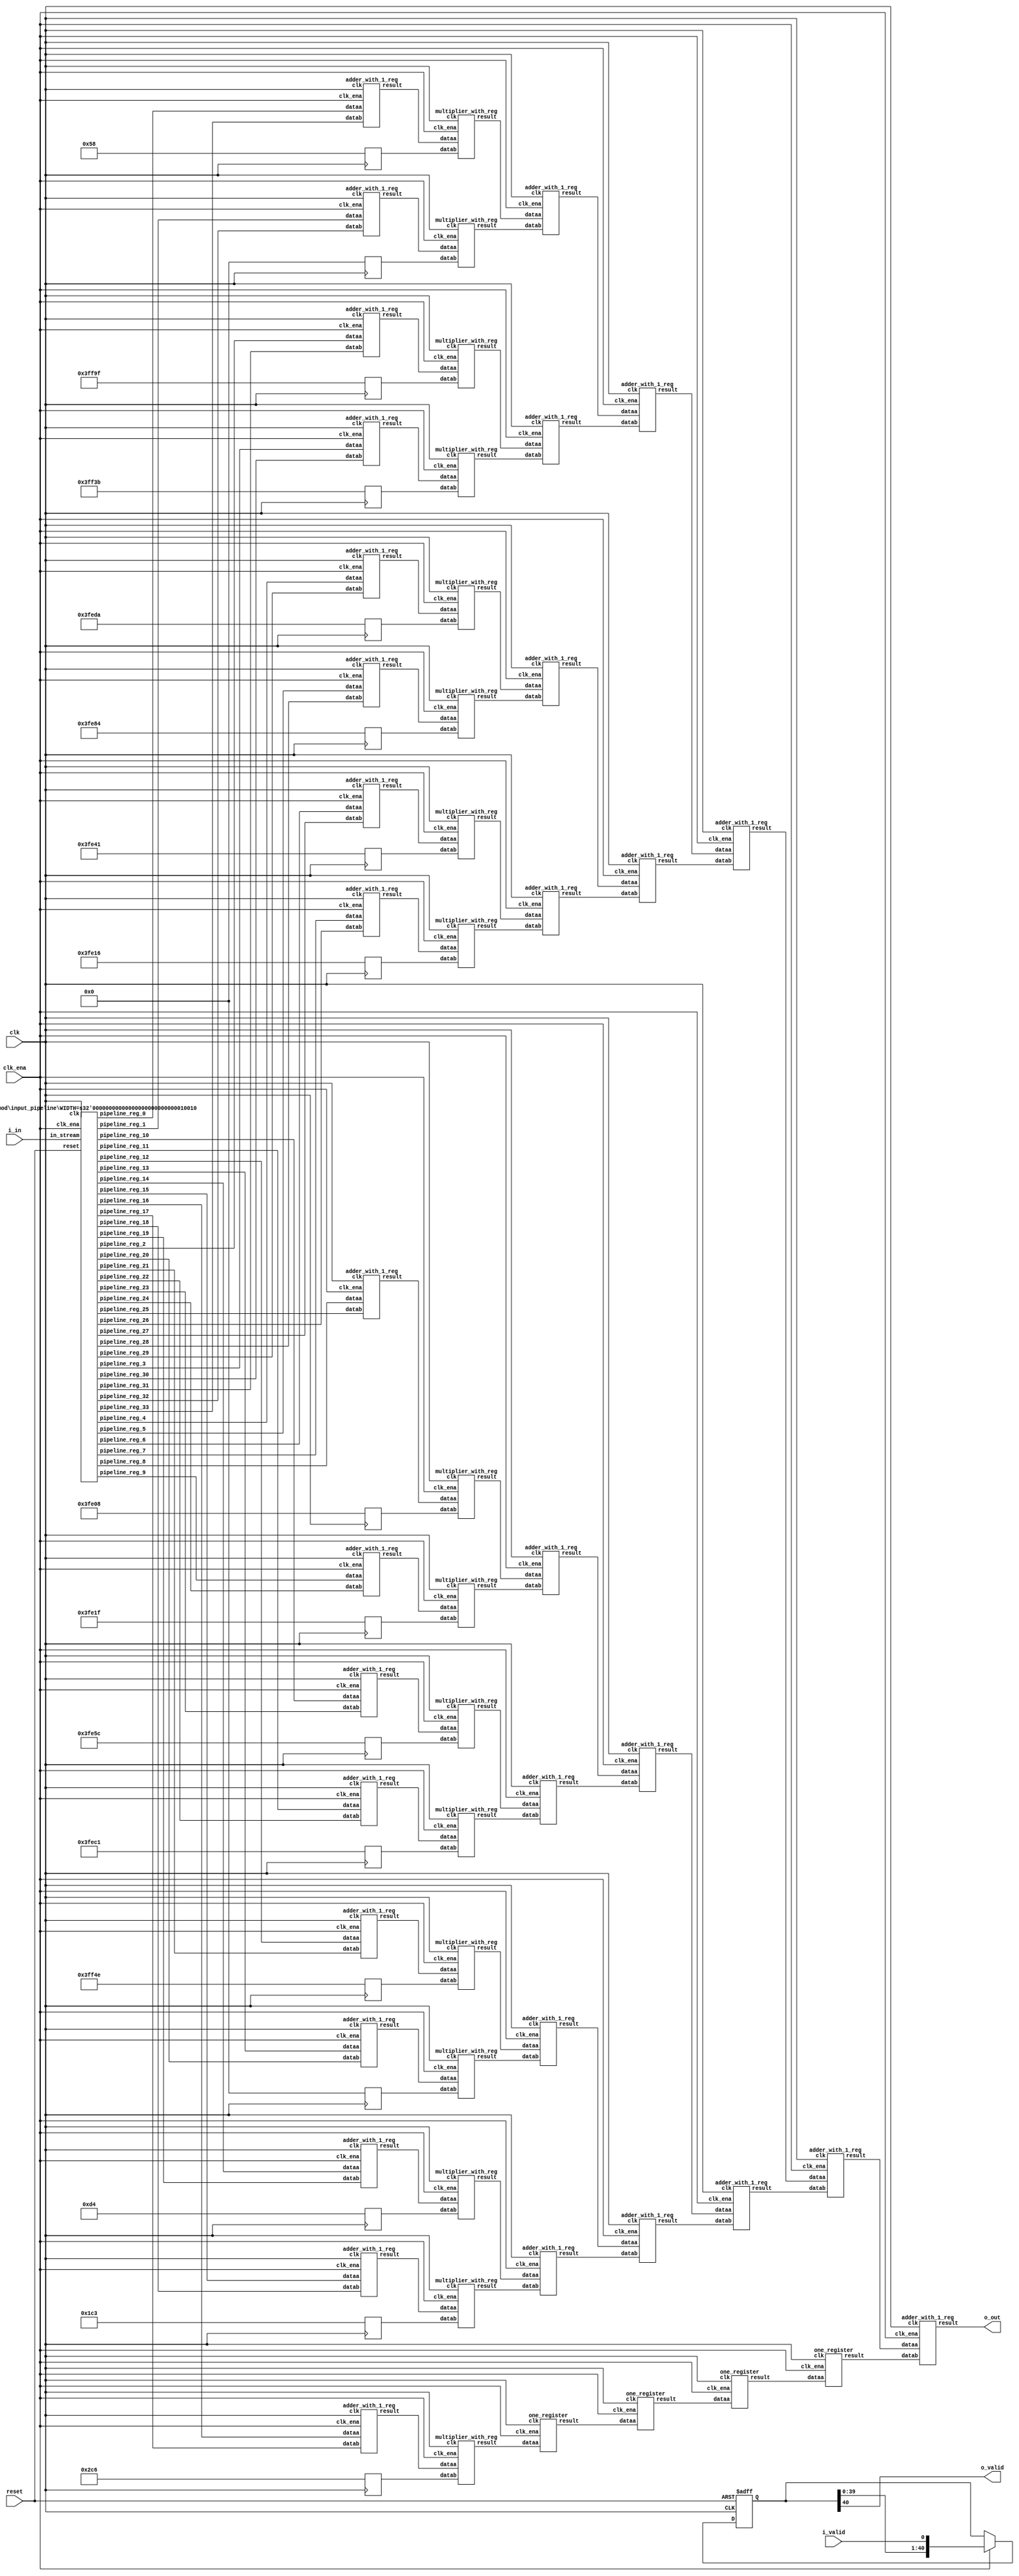
// CONFIG:
// NUM_COEFF = 34
// PIPLINED = 1

// WARNING: more than enough COEFFICIENTS in array (there are 26, and we only need 17)
module fir (
	clk,
	reset,
	clk_ena,
	i_valid,
	i_in,
	o_valid,
	o_out
);
	// Data Width
	parameter dw = 18; //Data input/output bits

	// Number of filter coefficients
	parameter N = 34;
	parameter N_UNIQ = 17; // ciel(N/2) assuming symmetric filter coefficients

	//Number of extra valid cycles needed to align output (i.e. computation pipeline depth + input/output registers
	localparam N_VALID_REGS = 41;

	input clk;
	input reset;
	input clk_ena;
	input i_valid;
	input [dw-1:0] i_in; // signed
	output o_valid;
	output [dw-1:0] o_out; // signed

	// Data Width dervied parameters
	localparam dw_add_int = 18; //Internal adder precision bits
	localparam dw_mult_int = 36; //Internal multiplier precision bits
	localparam scale_factor = 17; //Multiplier normalization shift amount

	// Number of extra registers in INPUT_PIPELINE_REG to prevent contention for CHAIN_END's chain adders
	localparam N_INPUT_REGS = 34;

	// Debug
	// initial begin
	// 	$display ("Data Width: %d", dw);
	// 	$display ("Data Width Add Internal: %d", dw_add_int);
	// 	$display ("Data Width Mult Internal: %d", dw_mult_int);
	// 	$display ("Scale Factor: %d", scale_factor);
	// end

	reg [dw-1:0] COEFFICIENT_0;
	reg [dw-1:0] COEFFICIENT_1;
	reg [dw-1:0] COEFFICIENT_2;
	reg [dw-1:0] COEFFICIENT_3;
	reg [dw-1:0] COEFFICIENT_4;
	reg [dw-1:0] COEFFICIENT_5;
	reg [dw-1:0] COEFFICIENT_6;
	reg [dw-1:0] COEFFICIENT_7;
	reg [dw-1:0] COEFFICIENT_8;
	reg [dw-1:0] COEFFICIENT_9;
	reg [dw-1:0] COEFFICIENT_10;
	reg [dw-1:0] COEFFICIENT_11;
	reg [dw-1:0] COEFFICIENT_12;
	reg [dw-1:0] COEFFICIENT_13;
	reg [dw-1:0] COEFFICIENT_14;
	reg [dw-1:0] COEFFICIENT_15;
	reg [dw-1:0] COEFFICIENT_16;

	always@(posedge clk) begin
		COEFFICIENT_0 <= 18'd88;
		COEFFICIENT_1 <= 18'd0;
		COEFFICIENT_2 <= -18'd97;
		COEFFICIENT_3 <= -18'd197;
		COEFFICIENT_4 <= -18'd294;
		COEFFICIENT_5 <= -18'd380;
		COEFFICIENT_6 <= -18'd447;
		COEFFICIENT_7 <= -18'd490;
		COEFFICIENT_8 <= -18'd504;
		COEFFICIENT_9 <= -18'd481;
		COEFFICIENT_10 <= -18'd420;
		COEFFICIENT_11 <= -18'd319;
		COEFFICIENT_12 <= -18'd178;
		COEFFICIENT_13 <= 18'd0;
		COEFFICIENT_14 <= 18'd212;
		COEFFICIENT_15 <= 18'd451;
		COEFFICIENT_16 <= 18'd710;
	end

	////******************************************************
	// *
	// * Valid Delay Pipeline
	// *
	// *****************************************************
	//Input valid signal is pipelined to become output valid signal

	//Valid registers
	reg [N_VALID_REGS-1:0] VALID_PIPELINE_REGS;

	always@(posedge clk or posedge reset) begin
		if(reset) begin
			VALID_PIPELINE_REGS <= 0;
		end else begin
			if(clk_ena) begin
				VALID_PIPELINE_REGS <= {VALID_PIPELINE_REGS[N_VALID_REGS-2:0], i_valid};
			end else begin
				VALID_PIPELINE_REGS <= VALID_PIPELINE_REGS;
			end
		end
	end

	////******************************************************
	// *
	// * Input Register Pipeline
	// *
	// *****************************************************
	//Pipelined input values

	//Input value registers

	wire [dw-1:0] INPUT_PIPELINE_REG_0;
	wire [dw-1:0] INPUT_PIPELINE_REG_1;
	wire [dw-1:0] INPUT_PIPELINE_REG_2;
	wire [dw-1:0] INPUT_PIPELINE_REG_3;
	wire [dw-1:0] INPUT_PIPELINE_REG_4;
	wire [dw-1:0] INPUT_PIPELINE_REG_5;
	wire [dw-1:0] INPUT_PIPELINE_REG_6;
	wire [dw-1:0] INPUT_PIPELINE_REG_7;
	wire [dw-1:0] INPUT_PIPELINE_REG_8;
	wire [dw-1:0] INPUT_PIPELINE_REG_9;
	wire [dw-1:0] INPUT_PIPELINE_REG_10;
	wire [dw-1:0] INPUT_PIPELINE_REG_11;
	wire [dw-1:0] INPUT_PIPELINE_REG_12;
	wire [dw-1:0] INPUT_PIPELINE_REG_13;
	wire [dw-1:0] INPUT_PIPELINE_REG_14;
	wire [dw-1:0] INPUT_PIPELINE_REG_15;
	wire [dw-1:0] INPUT_PIPELINE_REG_16;
	wire [dw-1:0] INPUT_PIPELINE_REG_17;
	wire [dw-1:0] INPUT_PIPELINE_REG_18;
	wire [dw-1:0] INPUT_PIPELINE_REG_19;
	wire [dw-1:0] INPUT_PIPELINE_REG_20;
	wire [dw-1:0] INPUT_PIPELINE_REG_21;
	wire [dw-1:0] INPUT_PIPELINE_REG_22;
	wire [dw-1:0] INPUT_PIPELINE_REG_23;
	wire [dw-1:0] INPUT_PIPELINE_REG_24;
	wire [dw-1:0] INPUT_PIPELINE_REG_25;
	wire [dw-1:0] INPUT_PIPELINE_REG_26;
	wire [dw-1:0] INPUT_PIPELINE_REG_27;
	wire [dw-1:0] INPUT_PIPELINE_REG_28;
	wire [dw-1:0] INPUT_PIPELINE_REG_29;
	wire [dw-1:0] INPUT_PIPELINE_REG_30;
	wire [dw-1:0] INPUT_PIPELINE_REG_31;
	wire [dw-1:0] INPUT_PIPELINE_REG_32;
	wire [dw-1:0] INPUT_PIPELINE_REG_33;

	input_pipeline in_pipe(
		.clk(clk), .clk_ena(clk_ena),
		.in_stream(i_in),
		.pipeline_reg_0(INPUT_PIPELINE_REG_0),
		.pipeline_reg_1(INPUT_PIPELINE_REG_1),
		.pipeline_reg_2(INPUT_PIPELINE_REG_2),
		.pipeline_reg_3(INPUT_PIPELINE_REG_3),
		.pipeline_reg_4(INPUT_PIPELINE_REG_4),
		.pipeline_reg_5(INPUT_PIPELINE_REG_5),
		.pipeline_reg_6(INPUT_PIPELINE_REG_6),
		.pipeline_reg_7(INPUT_PIPELINE_REG_7),
		.pipeline_reg_8(INPUT_PIPELINE_REG_8),
		.pipeline_reg_9(INPUT_PIPELINE_REG_9),
		.pipeline_reg_10(INPUT_PIPELINE_REG_10),
		.pipeline_reg_11(INPUT_PIPELINE_REG_11),
		.pipeline_reg_12(INPUT_PIPELINE_REG_12),
		.pipeline_reg_13(INPUT_PIPELINE_REG_13),
		.pipeline_reg_14(INPUT_PIPELINE_REG_14),
		.pipeline_reg_15(INPUT_PIPELINE_REG_15),
		.pipeline_reg_16(INPUT_PIPELINE_REG_16),
		.pipeline_reg_17(INPUT_PIPELINE_REG_17),
		.pipeline_reg_18(INPUT_PIPELINE_REG_18),
		.pipeline_reg_19(INPUT_PIPELINE_REG_19),
		.pipeline_reg_20(INPUT_PIPELINE_REG_20),
		.pipeline_reg_21(INPUT_PIPELINE_REG_21),
		.pipeline_reg_22(INPUT_PIPELINE_REG_22),
		.pipeline_reg_23(INPUT_PIPELINE_REG_23),
		.pipeline_reg_24(INPUT_PIPELINE_REG_24),
		.pipeline_reg_25(INPUT_PIPELINE_REG_25),
		.pipeline_reg_26(INPUT_PIPELINE_REG_26),
		.pipeline_reg_27(INPUT_PIPELINE_REG_27),
		.pipeline_reg_28(INPUT_PIPELINE_REG_28),
		.pipeline_reg_29(INPUT_PIPELINE_REG_29),
		.pipeline_reg_30(INPUT_PIPELINE_REG_30),
		.pipeline_reg_31(INPUT_PIPELINE_REG_31),
		.pipeline_reg_32(INPUT_PIPELINE_REG_32),
		.pipeline_reg_33(INPUT_PIPELINE_REG_33),
		.reset(reset)	);
	defparam in_pipe.WIDTH = 18; // = dw
	////******************************************************
	// *
	// * Computation Pipeline
	// *
	// *****************************************************

	// ************************* LEVEL 0 *************************   
	wire [dw-1:0] L0_output_wires_0;
	wire [dw-1:0] L0_output_wires_1;
	wire [dw-1:0] L0_output_wires_2;
	wire [dw-1:0] L0_output_wires_3;
	wire [dw-1:0] L0_output_wires_4;
	wire [dw-1:0] L0_output_wires_5;
	wire [dw-1:0] L0_output_wires_6;
	wire [dw-1:0] L0_output_wires_7;
	wire [dw-1:0] L0_output_wires_8;
	wire [dw-1:0] L0_output_wires_9;
	wire [dw-1:0] L0_output_wires_10;
	wire [dw-1:0] L0_output_wires_11;
	wire [dw-1:0] L0_output_wires_12;
	wire [dw-1:0] L0_output_wires_13;
	wire [dw-1:0] L0_output_wires_14;
	wire [dw-1:0] L0_output_wires_15;
	wire [dw-1:0] L0_output_wires_16;

	adder_with_1_reg L0_adder_0and33(
		.clk(clk), .clk_ena(clk_ena),
		.dataa (INPUT_PIPELINE_REG_0),
		.datab (INPUT_PIPELINE_REG_33),
		.result(L0_output_wires_0)
	);

	adder_with_1_reg L0_adder_1and32(
		.clk(clk), .clk_ena(clk_ena),
		.dataa (INPUT_PIPELINE_REG_1),
		.datab (INPUT_PIPELINE_REG_32),
		.result(L0_output_wires_1)
	);

	adder_with_1_reg L0_adder_2and31(
		.clk(clk), .clk_ena(clk_ena),
		.dataa (INPUT_PIPELINE_REG_2),
		.datab (INPUT_PIPELINE_REG_31),
		.result(L0_output_wires_2)
	);

	adder_with_1_reg L0_adder_3and30(
		.clk(clk), .clk_ena(clk_ena),
		.dataa (INPUT_PIPELINE_REG_3),
		.datab (INPUT_PIPELINE_REG_30),
		.result(L0_output_wires_3)
	);

	adder_with_1_reg L0_adder_4and29(
		.clk(clk), .clk_ena(clk_ena),
		.dataa (INPUT_PIPELINE_REG_4),
		.datab (INPUT_PIPELINE_REG_29),
		.result(L0_output_wires_4)
	);

	adder_with_1_reg L0_adder_5and28(
		.clk(clk), .clk_ena(clk_ena),
		.dataa (INPUT_PIPELINE_REG_5),
		.datab (INPUT_PIPELINE_REG_28),
		.result(L0_output_wires_5)
	);

	adder_with_1_reg L0_adder_6and27(
		.clk(clk), .clk_ena(clk_ena),
		.dataa (INPUT_PIPELINE_REG_6),
		.datab (INPUT_PIPELINE_REG_27),
		.result(L0_output_wires_6)
	);

	adder_with_1_reg L0_adder_7and26(
		.clk(clk), .clk_ena(clk_ena),
		.dataa (INPUT_PIPELINE_REG_7),
		.datab (INPUT_PIPELINE_REG_26),
		.result(L0_output_wires_7)
	);

	adder_with_1_reg L0_adder_8and25(
		.clk(clk), .clk_ena(clk_ena),
		.dataa (INPUT_PIPELINE_REG_8),
		.datab (INPUT_PIPELINE_REG_25),
		.result(L0_output_wires_8)
	);

	adder_with_1_reg L0_adder_9and24(
		.clk(clk), .clk_ena(clk_ena),
		.dataa (INPUT_PIPELINE_REG_9),
		.datab (INPUT_PIPELINE_REG_24),
		.result(L0_output_wires_9)
	);

	adder_with_1_reg L0_adder_10and23(
		.clk(clk), .clk_ena(clk_ena),
		.dataa (INPUT_PIPELINE_REG_10),
		.datab (INPUT_PIPELINE_REG_23),
		.result(L0_output_wires_10)
	);

	adder_with_1_reg L0_adder_11and22(
		.clk(clk), .clk_ena(clk_ena),
		.dataa (INPUT_PIPELINE_REG_11),
		.datab (INPUT_PIPELINE_REG_22),
		.result(L0_output_wires_11)
	);

	adder_with_1_reg L0_adder_12and21(
		.clk(clk), .clk_ena(clk_ena),
		.dataa (INPUT_PIPELINE_REG_12),
		.datab (INPUT_PIPELINE_REG_21),
		.result(L0_output_wires_12)
	);

	adder_with_1_reg L0_adder_13and20(
		.clk(clk), .clk_ena(clk_ena),
		.dataa (INPUT_PIPELINE_REG_13),
		.datab (INPUT_PIPELINE_REG_20),
		.result(L0_output_wires_13)
	);

	adder_with_1_reg L0_adder_14and19(
		.clk(clk), .clk_ena(clk_ena),
		.dataa (INPUT_PIPELINE_REG_14),
		.datab (INPUT_PIPELINE_REG_19),
		.result(L0_output_wires_14)
	);

	adder_with_1_reg L0_adder_15and18(
		.clk(clk), .clk_ena(clk_ena),
		.dataa (INPUT_PIPELINE_REG_15),
		.datab (INPUT_PIPELINE_REG_18),
		.result(L0_output_wires_15)
	);

	adder_with_1_reg L0_adder_16and17(
		.clk(clk), .clk_ena(clk_ena),
		.dataa (INPUT_PIPELINE_REG_16),
		.datab (INPUT_PIPELINE_REG_17),
		.result(L0_output_wires_16)
	);

	// (17 main tree Adders)

	// ************************* LEVEL 1 *************************   
	// **************** Multipliers ****************   
	wire [dw-1:0] L1_mult_wires_0;
	wire [dw-1:0] L1_mult_wires_1;
	wire [dw-1:0] L1_mult_wires_2;
	wire [dw-1:0] L1_mult_wires_3;
	wire [dw-1:0] L1_mult_wires_4;
	wire [dw-1:0] L1_mult_wires_5;
	wire [dw-1:0] L1_mult_wires_6;
	wire [dw-1:0] L1_mult_wires_7;
	wire [dw-1:0] L1_mult_wires_8;
	wire [dw-1:0] L1_mult_wires_9;
	wire [dw-1:0] L1_mult_wires_10;
	wire [dw-1:0] L1_mult_wires_11;
	wire [dw-1:0] L1_mult_wires_12;
	wire [dw-1:0] L1_mult_wires_13;
	wire [dw-1:0] L1_mult_wires_14;
	wire [dw-1:0] L1_mult_wires_15;
	wire [dw-1:0] L1_mult_wires_16;

	multiplier_with_reg L1_mul_0(
		.clk(clk), .clk_ena(clk_ena),
		.dataa (L0_output_wires_0),
		.datab (COEFFICIENT_0),
		.result(L1_mult_wires_0)
	);

	multiplier_with_reg L1_mul_1(
		.clk(clk), .clk_ena(clk_ena),
		.dataa (L0_output_wires_1),
		.datab (COEFFICIENT_1),
		.result(L1_mult_wires_1)
	);

	multiplier_with_reg L1_mul_2(
		.clk(clk), .clk_ena(clk_ena),
		.dataa (L0_output_wires_2),
		.datab (COEFFICIENT_2),
		.result(L1_mult_wires_2)
	);

	multiplier_with_reg L1_mul_3(
		.clk(clk), .clk_ena(clk_ena),
		.dataa (L0_output_wires_3),
		.datab (COEFFICIENT_3),
		.result(L1_mult_wires_3)
	);

	multiplier_with_reg L1_mul_4(
		.clk(clk), .clk_ena(clk_ena),
		.dataa (L0_output_wires_4),
		.datab (COEFFICIENT_4),
		.result(L1_mult_wires_4)
	);

	multiplier_with_reg L1_mul_5(
		.clk(clk), .clk_ena(clk_ena),
		.dataa (L0_output_wires_5),
		.datab (COEFFICIENT_5),
		.result(L1_mult_wires_5)
	);

	multiplier_with_reg L1_mul_6(
		.clk(clk), .clk_ena(clk_ena),
		.dataa (L0_output_wires_6),
		.datab (COEFFICIENT_6),
		.result(L1_mult_wires_6)
	);

	multiplier_with_reg L1_mul_7(
		.clk(clk), .clk_ena(clk_ena),
		.dataa (L0_output_wires_7),
		.datab (COEFFICIENT_7),
		.result(L1_mult_wires_7)
	);

	multiplier_with_reg L1_mul_8(
		.clk(clk), .clk_ena(clk_ena),
		.dataa (L0_output_wires_8),
		.datab (COEFFICIENT_8),
		.result(L1_mult_wires_8)
	);

	multiplier_with_reg L1_mul_9(
		.clk(clk), .clk_ena(clk_ena),
		.dataa (L0_output_wires_9),
		.datab (COEFFICIENT_9),
		.result(L1_mult_wires_9)
	);

	multiplier_with_reg L1_mul_10(
		.clk(clk), .clk_ena(clk_ena),
		.dataa (L0_output_wires_10),
		.datab (COEFFICIENT_10),
		.result(L1_mult_wires_10)
	);

	multiplier_with_reg L1_mul_11(
		.clk(clk), .clk_ena(clk_ena),
		.dataa (L0_output_wires_11),
		.datab (COEFFICIENT_11),
		.result(L1_mult_wires_11)
	);

	multiplier_with_reg L1_mul_12(
		.clk(clk), .clk_ena(clk_ena),
		.dataa (L0_output_wires_12),
		.datab (COEFFICIENT_12),
		.result(L1_mult_wires_12)
	);

	multiplier_with_reg L1_mul_13(
		.clk(clk), .clk_ena(clk_ena),
		.dataa (L0_output_wires_13),
		.datab (COEFFICIENT_13),
		.result(L1_mult_wires_13)
	);

	multiplier_with_reg L1_mul_14(
		.clk(clk), .clk_ena(clk_ena),
		.dataa (L0_output_wires_14),
		.datab (COEFFICIENT_14),
		.result(L1_mult_wires_14)
	);

	multiplier_with_reg L1_mul_15(
		.clk(clk), .clk_ena(clk_ena),
		.dataa (L0_output_wires_15),
		.datab (COEFFICIENT_15),
		.result(L1_mult_wires_15)
	);

	multiplier_with_reg L1_mul_16(
		.clk(clk), .clk_ena(clk_ena),
		.dataa (L0_output_wires_16),
		.datab (COEFFICIENT_16),
		.result(L1_mult_wires_16)
	);

	// (17 Multipliers)

	// **************** Adders ****************   
	wire [dw-1:0] L1_output_wires_0;
	wire [dw-1:0] L1_output_wires_1;
	wire [dw-1:0] L1_output_wires_2;
	wire [dw-1:0] L1_output_wires_3;
	wire [dw-1:0] L1_output_wires_4;
	wire [dw-1:0] L1_output_wires_5;
	wire [dw-1:0] L1_output_wires_6;
	wire [dw-1:0] L1_output_wires_7;
	wire [dw-1:0] L1_output_wires_8;

	adder_with_1_reg L1_adder_0and1(
		.clk(clk), .clk_ena(clk_ena),
		.dataa (L1_mult_wires_0),
		.datab (L1_mult_wires_1),
		.result(L1_output_wires_0)
	);

	adder_with_1_reg L1_adder_2and3(
		.clk(clk), .clk_ena(clk_ena),
		.dataa (L1_mult_wires_2),
		.datab (L1_mult_wires_3),
		.result(L1_output_wires_1)
	);

	adder_with_1_reg L1_adder_4and5(
		.clk(clk), .clk_ena(clk_ena),
		.dataa (L1_mult_wires_4),
		.datab (L1_mult_wires_5),
		.result(L1_output_wires_2)
	);

	adder_with_1_reg L1_adder_6and7(
		.clk(clk), .clk_ena(clk_ena),
		.dataa (L1_mult_wires_6),
		.datab (L1_mult_wires_7),
		.result(L1_output_wires_3)
	);

	adder_with_1_reg L1_adder_8and9(
		.clk(clk), .clk_ena(clk_ena),
		.dataa (L1_mult_wires_8),
		.datab (L1_mult_wires_9),
		.result(L1_output_wires_4)
	);

	adder_with_1_reg L1_adder_10and11(
		.clk(clk), .clk_ena(clk_ena),
		.dataa (L1_mult_wires_10),
		.datab (L1_mult_wires_11),
		.result(L1_output_wires_5)
	);

	adder_with_1_reg L1_adder_12and13(
		.clk(clk), .clk_ena(clk_ena),
		.dataa (L1_mult_wires_12),
		.datab (L1_mult_wires_13),
		.result(L1_output_wires_6)
	);

	adder_with_1_reg L1_adder_14and15(
		.clk(clk), .clk_ena(clk_ena),
		.dataa (L1_mult_wires_14),
		.datab (L1_mult_wires_15),
		.result(L1_output_wires_7)
	);

	// (8 main tree Adders)

	// ********* Byes ********   
	one_register L1_byereg_for_16(
		.clk(clk), .clk_ena(clk_ena),
		.dataa (L1_mult_wires_16),
		.result(L1_output_wires_8)
	);

	// (1 byes)

	// ************************* LEVEL 2 *************************   
	wire [dw-1:0] L2_output_wires_0;
	wire [dw-1:0] L2_output_wires_1;
	wire [dw-1:0] L2_output_wires_2;
	wire [dw-1:0] L2_output_wires_3;
	wire [dw-1:0] L2_output_wires_4;

	adder_with_1_reg L2_adder_0and1(
		.clk(clk), .clk_ena(clk_ena),
		.dataa (L1_output_wires_0),
		.datab (L1_output_wires_1),
		.result(L2_output_wires_0)
	);

	adder_with_1_reg L2_adder_2and3(
		.clk(clk), .clk_ena(clk_ena),
		.dataa (L1_output_wires_2),
		.datab (L1_output_wires_3),
		.result(L2_output_wires_1)
	);

	adder_with_1_reg L2_adder_4and5(
		.clk(clk), .clk_ena(clk_ena),
		.dataa (L1_output_wires_4),
		.datab (L1_output_wires_5),
		.result(L2_output_wires_2)
	);

	adder_with_1_reg L2_adder_6and7(
		.clk(clk), .clk_ena(clk_ena),
		.dataa (L1_output_wires_6),
		.datab (L1_output_wires_7),
		.result(L2_output_wires_3)
	);

	// (4 main tree Adders)

	// ********* Byes ********   
	one_register L2_byereg_for_8(
		.clk(clk), .clk_ena(clk_ena),
		.dataa (L1_output_wires_8),
		.result(L2_output_wires_4)
	);

	// (1 byes)

	// ************************* LEVEL 3 *************************   
	wire [dw-1:0] L3_output_wires_0;
	wire [dw-1:0] L3_output_wires_1;
	wire [dw-1:0] L3_output_wires_2;

	adder_with_1_reg L3_adder_0and1(
		.clk(clk), .clk_ena(clk_ena),
		.dataa (L2_output_wires_0),
		.datab (L2_output_wires_1),
		.result(L3_output_wires_0)
	);

	adder_with_1_reg L3_adder_2and3(
		.clk(clk), .clk_ena(clk_ena),
		.dataa (L2_output_wires_2),
		.datab (L2_output_wires_3),
		.result(L3_output_wires_1)
	);

	// (2 main tree Adders)

	// ********* Byes ********   
	one_register L3_byereg_for_4(
		.clk(clk), .clk_ena(clk_ena),
		.dataa (L2_output_wires_4),
		.result(L3_output_wires_2)
	);

	// (1 byes)

	// ************************* LEVEL 4 *************************   
	wire [dw-1:0] L4_output_wires_0;
	wire [dw-1:0] L4_output_wires_1;

	adder_with_1_reg L4_adder_0and1(
		.clk(clk), .clk_ena(clk_ena),
		.dataa (L3_output_wires_0),
		.datab (L3_output_wires_1),
		.result(L4_output_wires_0)
	);

	// (1 main tree Adders)

	// ********* Byes ********   
	one_register L4_byereg_for_2(
		.clk(clk), .clk_ena(clk_ena),
		.dataa (L3_output_wires_2),
		.result(L4_output_wires_1)
	);

	// (1 byes)

	// ************************* LEVEL 5 *************************   
	wire [dw-1:0] L5_output_wires_0;

	adder_with_1_reg L5_adder_0and1(
		.clk(clk), .clk_ena(clk_ena),
		.dataa (L4_output_wires_0),
		.datab (L4_output_wires_1),
		.result(L5_output_wires_0)
	);

	// (1 main tree Adders)

	////******************************************************
	// *
	// * Output Logic
	// *
	// *****************************************************
	//Actual outputs
	assign o_out = L5_output_wires_0;

	assign o_valid = VALID_PIPELINE_REGS[N_VALID_REGS-1];

endmodule


module input_pipeline (
	clk,
	clk_ena,
	in_stream,
	pipeline_reg_0,
	pipeline_reg_1,
	pipeline_reg_2,
	pipeline_reg_3,
	pipeline_reg_4,
	pipeline_reg_5,
	pipeline_reg_6,
	pipeline_reg_7,
	pipeline_reg_8,
	pipeline_reg_9,
	pipeline_reg_10,
	pipeline_reg_11,
	pipeline_reg_12,
	pipeline_reg_13,
	pipeline_reg_14,
	pipeline_reg_15,
	pipeline_reg_16,
	pipeline_reg_17,
	pipeline_reg_18,
	pipeline_reg_19,
	pipeline_reg_20,
	pipeline_reg_21,
	pipeline_reg_22,
	pipeline_reg_23,
	pipeline_reg_24,
	pipeline_reg_25,
	pipeline_reg_26,
	pipeline_reg_27,
	pipeline_reg_28,
	pipeline_reg_29,
	pipeline_reg_30,
	pipeline_reg_31,
	pipeline_reg_32,
	pipeline_reg_33,
	reset);
	parameter WIDTH = 1;
	//Input value registers
	input clk;
	input clk_ena;
	input [WIDTH-1:0] in_stream;
	output [WIDTH-1:0] pipeline_reg_0;
	output [WIDTH-1:0] pipeline_reg_1;
	output [WIDTH-1:0] pipeline_reg_2;
	output [WIDTH-1:0] pipeline_reg_3;
	output [WIDTH-1:0] pipeline_reg_4;
	output [WIDTH-1:0] pipeline_reg_5;
	output [WIDTH-1:0] pipeline_reg_6;
	output [WIDTH-1:0] pipeline_reg_7;
	output [WIDTH-1:0] pipeline_reg_8;
	output [WIDTH-1:0] pipeline_reg_9;
	output [WIDTH-1:0] pipeline_reg_10;
	output [WIDTH-1:0] pipeline_reg_11;
	output [WIDTH-1:0] pipeline_reg_12;
	output [WIDTH-1:0] pipeline_reg_13;
	output [WIDTH-1:0] pipeline_reg_14;
	output [WIDTH-1:0] pipeline_reg_15;
	output [WIDTH-1:0] pipeline_reg_16;
	output [WIDTH-1:0] pipeline_reg_17;
	output [WIDTH-1:0] pipeline_reg_18;
	output [WIDTH-1:0] pipeline_reg_19;
	output [WIDTH-1:0] pipeline_reg_20;
	output [WIDTH-1:0] pipeline_reg_21;
	output [WIDTH-1:0] pipeline_reg_22;
	output [WIDTH-1:0] pipeline_reg_23;
	output [WIDTH-1:0] pipeline_reg_24;
	output [WIDTH-1:0] pipeline_reg_25;
	output [WIDTH-1:0] pipeline_reg_26;
	output [WIDTH-1:0] pipeline_reg_27;
	output [WIDTH-1:0] pipeline_reg_28;
	output [WIDTH-1:0] pipeline_reg_29;
	output [WIDTH-1:0] pipeline_reg_30;
	output [WIDTH-1:0] pipeline_reg_31;
	output [WIDTH-1:0] pipeline_reg_32;
	output [WIDTH-1:0] pipeline_reg_33;
	reg [WIDTH-1:0] pipeline_reg_0;
	reg [WIDTH-1:0] pipeline_reg_1;
	reg [WIDTH-1:0] pipeline_reg_2;
	reg [WIDTH-1:0] pipeline_reg_3;
	reg [WIDTH-1:0] pipeline_reg_4;
	reg [WIDTH-1:0] pipeline_reg_5;
	reg [WIDTH-1:0] pipeline_reg_6;
	reg [WIDTH-1:0] pipeline_reg_7;
	reg [WIDTH-1:0] pipeline_reg_8;
	reg [WIDTH-1:0] pipeline_reg_9;
	reg [WIDTH-1:0] pipeline_reg_10;
	reg [WIDTH-1:0] pipeline_reg_11;
	reg [WIDTH-1:0] pipeline_reg_12;
	reg [WIDTH-1:0] pipeline_reg_13;
	reg [WIDTH-1:0] pipeline_reg_14;
	reg [WIDTH-1:0] pipeline_reg_15;
	reg [WIDTH-1:0] pipeline_reg_16;
	reg [WIDTH-1:0] pipeline_reg_17;
	reg [WIDTH-1:0] pipeline_reg_18;
	reg [WIDTH-1:0] pipeline_reg_19;
	reg [WIDTH-1:0] pipeline_reg_20;
	reg [WIDTH-1:0] pipeline_reg_21;
	reg [WIDTH-1:0] pipeline_reg_22;
	reg [WIDTH-1:0] pipeline_reg_23;
	reg [WIDTH-1:0] pipeline_reg_24;
	reg [WIDTH-1:0] pipeline_reg_25;
	reg [WIDTH-1:0] pipeline_reg_26;
	reg [WIDTH-1:0] pipeline_reg_27;
	reg [WIDTH-1:0] pipeline_reg_28;
	reg [WIDTH-1:0] pipeline_reg_29;
	reg [WIDTH-1:0] pipeline_reg_30;
	reg [WIDTH-1:0] pipeline_reg_31;
	reg [WIDTH-1:0] pipeline_reg_32;
	reg [WIDTH-1:0] pipeline_reg_33;
	input reset;

	always@(posedge clk or posedge reset) begin
		if(reset) begin
			pipeline_reg_0 <= 0;
			pipeline_reg_1 <= 0;
			pipeline_reg_2 <= 0;
			pipeline_reg_3 <= 0;
			pipeline_reg_4 <= 0;
			pipeline_reg_5 <= 0;
			pipeline_reg_6 <= 0;
			pipeline_reg_7 <= 0;
			pipeline_reg_8 <= 0;
			pipeline_reg_9 <= 0;
			pipeline_reg_10 <= 0;
			pipeline_reg_11 <= 0;
			pipeline_reg_12 <= 0;
			pipeline_reg_13 <= 0;
			pipeline_reg_14 <= 0;
			pipeline_reg_15 <= 0;
			pipeline_reg_16 <= 0;
			pipeline_reg_17 <= 0;
			pipeline_reg_18 <= 0;
			pipeline_reg_19 <= 0;
			pipeline_reg_20 <= 0;
			pipeline_reg_21 <= 0;
			pipeline_reg_22 <= 0;
			pipeline_reg_23 <= 0;
			pipeline_reg_24 <= 0;
			pipeline_reg_25 <= 0;
			pipeline_reg_26 <= 0;
			pipeline_reg_27 <= 0;
			pipeline_reg_28 <= 0;
			pipeline_reg_29 <= 0;
			pipeline_reg_30 <= 0;
			pipeline_reg_31 <= 0;
			pipeline_reg_32 <= 0;
			pipeline_reg_33 <= 0;
		end else begin
			if(clk_ena) begin
				pipeline_reg_0 <= in_stream;
				pipeline_reg_1 <= pipeline_reg_0;
				pipeline_reg_2 <= pipeline_reg_1;
				pipeline_reg_3 <= pipeline_reg_2;
				pipeline_reg_4 <= pipeline_reg_3;
				pipeline_reg_5 <= pipeline_reg_4;
				pipeline_reg_6 <= pipeline_reg_5;
				pipeline_reg_7 <= pipeline_reg_6;
				pipeline_reg_8 <= pipeline_reg_7;
				pipeline_reg_9 <= pipeline_reg_8;
				pipeline_reg_10 <= pipeline_reg_9;
				pipeline_reg_11 <= pipeline_reg_10;
				pipeline_reg_12 <= pipeline_reg_11;
				pipeline_reg_13 <= pipeline_reg_12;
				pipeline_reg_14 <= pipeline_reg_13;
				pipeline_reg_15 <= pipeline_reg_14;
				pipeline_reg_16 <= pipeline_reg_15;
				pipeline_reg_17 <= pipeline_reg_16;
				pipeline_reg_18 <= pipeline_reg_17;
				pipeline_reg_19 <= pipeline_reg_18;
				pipeline_reg_20 <= pipeline_reg_19;
				pipeline_reg_21 <= pipeline_reg_20;
				pipeline_reg_22 <= pipeline_reg_21;
				pipeline_reg_23 <= pipeline_reg_22;
				pipeline_reg_24 <= pipeline_reg_23;
				pipeline_reg_25 <= pipeline_reg_24;
				pipeline_reg_26 <= pipeline_reg_25;
				pipeline_reg_27 <= pipeline_reg_26;
				pipeline_reg_28 <= pipeline_reg_27;
				pipeline_reg_29 <= pipeline_reg_28;
				pipeline_reg_30 <= pipeline_reg_29;
				pipeline_reg_31 <= pipeline_reg_30;
				pipeline_reg_32 <= pipeline_reg_31;
				pipeline_reg_33 <= pipeline_reg_32;
			end //else begin
				//pipeline_reg_0 <= pipeline_reg_0;
				//pipeline_reg_1 <= pipeline_reg_1;
				//pipeline_reg_2 <= pipeline_reg_2;
				//pipeline_reg_3 <= pipeline_reg_3;
				//pipeline_reg_4 <= pipeline_reg_4;
				//pipeline_reg_5 <= pipeline_reg_5;
				//pipeline_reg_6 <= pipeline_reg_6;
				//pipeline_reg_7 <= pipeline_reg_7;
				//pipeline_reg_8 <= pipeline_reg_8;
				//pipeline_reg_9 <= pipeline_reg_9;
				//pipeline_reg_10 <= pipeline_reg_10;
				//pipeline_reg_11 <= pipeline_reg_11;
				//pipeline_reg_12 <= pipeline_reg_12;
				//pipeline_reg_13 <= pipeline_reg_13;
				//pipeline_reg_14 <= pipeline_reg_14;
				//pipeline_reg_15 <= pipeline_reg_15;
				//pipeline_reg_16 <= pipeline_reg_16;
				//pipeline_reg_17 <= pipeline_reg_17;
				//pipeline_reg_18 <= pipeline_reg_18;
				//pipeline_reg_19 <= pipeline_reg_19;
				//pipeline_reg_20 <= pipeline_reg_20;
				//pipeline_reg_21 <= pipeline_reg_21;
				//pipeline_reg_22 <= pipeline_reg_22;
				//pipeline_reg_23 <= pipeline_reg_23;
				//pipeline_reg_24 <= pipeline_reg_24;
				//pipeline_reg_25 <= pipeline_reg_25;
				//pipeline_reg_26 <= pipeline_reg_26;
				//pipeline_reg_27 <= pipeline_reg_27;
				//pipeline_reg_28 <= pipeline_reg_28;
				//pipeline_reg_29 <= pipeline_reg_29;
				//pipeline_reg_30 <= pipeline_reg_30;
				//pipeline_reg_31 <= pipeline_reg_31;
				//pipeline_reg_32 <= pipeline_reg_32;
				//pipeline_reg_33 <= pipeline_reg_33;
			//end
		end
	end
endmodule


module adder_with_1_reg (
	clk,
	clk_ena,
	dataa,
	datab,
	result);

	input	  clk;
	input	  clk_ena;
	input	[17:0]  dataa;
	input	[17:0]  datab;
	output	[17:0]  result;

	reg     [17:0]  result;

	always @(posedge clk) begin
		if(clk_ena) begin
			result <= dataa + datab;
		end
	end

endmodule


module multiplier_with_reg (
	clk,
	clk_ena,
	dataa,
	datab,
	result);

	input	  clk;
	input	  clk_ena;
	input	[17:0]  dataa;
	input	[17:0]  datab;
	output	[17:0]  result;

	reg     [17:0]  result;

	always @(posedge clk) begin
		if(clk_ena) begin
			result <= dataa * datab;
		end
	end

endmodule


module one_register (
	clk,
	clk_ena,
	dataa,
	result);

	input	  clk;
	input	  clk_ena;
	input	[17:0]  dataa;
	output	[17:0]  result;

	reg     [17:0]  result;

	always @(posedge clk) begin
		if(clk_ena) begin
			result <= dataa;
		end
	end

endmodule